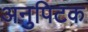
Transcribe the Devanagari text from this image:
अनुपिटक